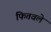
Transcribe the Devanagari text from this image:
फितवले